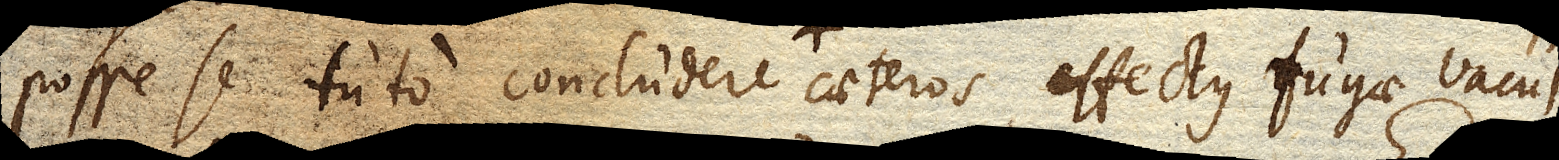
posse se tuto concludere caeteros effectus fugae vacui